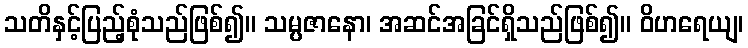
သတိနှင့်ပြည့်စုံသည်ဖြစ်၍။ သမ္ပဇာနော၊ အဆင်အခြင်ရှိသည်ဖြစ်၍။ ဝိဟရေယျ၊